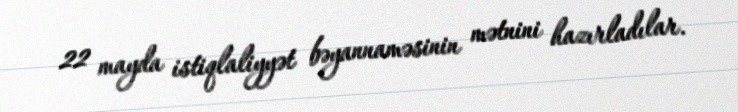
22 mayda istiqlaliyyət bəyannaməsinin mətnini hazırladılar.